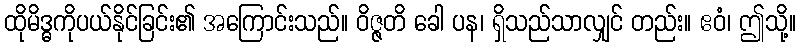
ထိုမိဒ္ဓကိုပယ်နိုင်ခြင်း၏ အကြောင်းသည်။ ဝိဇ္ဇတိ ခေါ ပန၊ ရှိသည်သာလျှင် တည်း။ ဧဝံ၊ ဤသို့။